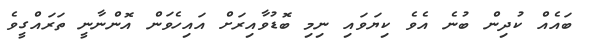
ބައެއް ކުދިން ބުނެ އެވެ ކިޔަވައި ނިމި ބޮޑުވާއިރަށް އައިހެވަން އޮންނާނީ ތަރައްގީވެ